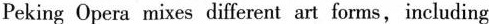
Peking Opera mixes different art forms,including